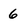
Character: 6